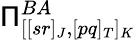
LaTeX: \mathsf{\Pi}_{[[sr]_{J},[pq]_{T}]_{K}}^{BA}